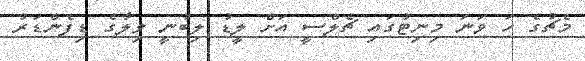
މެޗުގެ ހަ ވަނަ މިނިޓުގައި ޗެލްސީ އަށް ލީޑު ލިިބުނީ ވިލާގެ ޑިފެންޑަރު